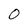
Character: 0